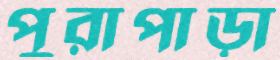
পুরাপাড়া